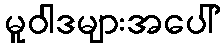
မူဝါဒများအပေါ်